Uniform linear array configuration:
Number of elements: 64
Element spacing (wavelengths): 0.25
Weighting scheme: kaiser
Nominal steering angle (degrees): -60
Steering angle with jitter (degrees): -58.364
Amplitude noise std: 0.05
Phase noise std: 0.05

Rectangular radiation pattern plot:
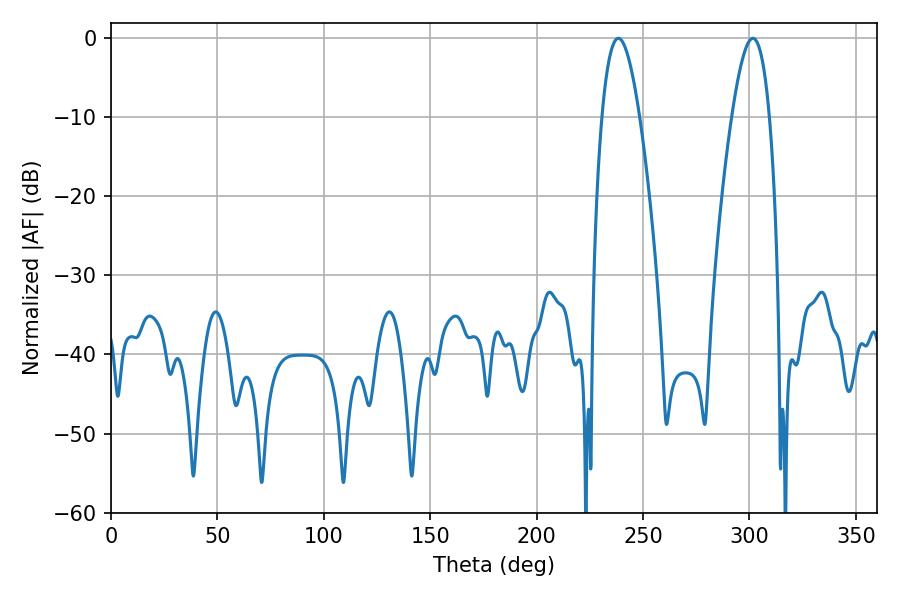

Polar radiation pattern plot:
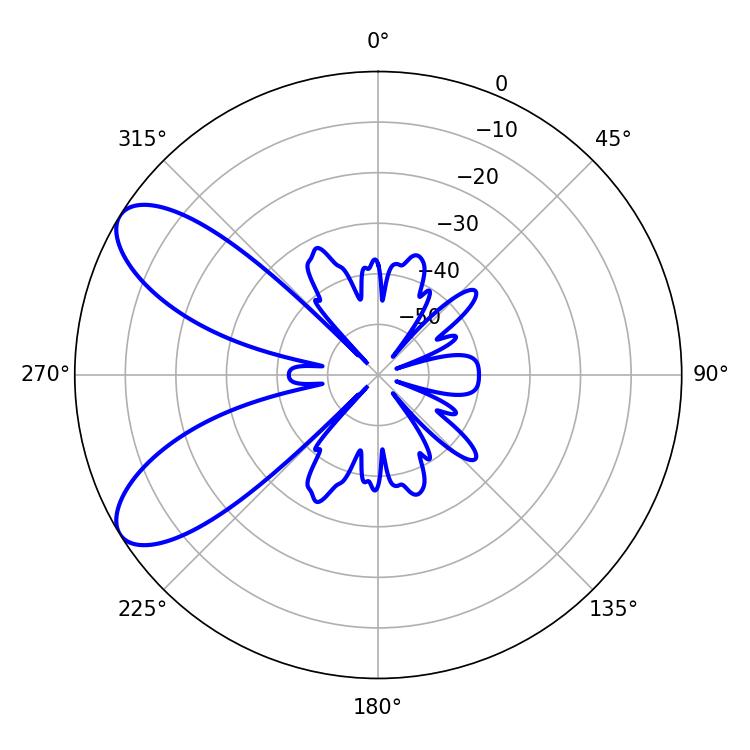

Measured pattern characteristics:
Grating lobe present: FALSE
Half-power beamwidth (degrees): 9.54
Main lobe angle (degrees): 238.32